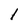
Character: l